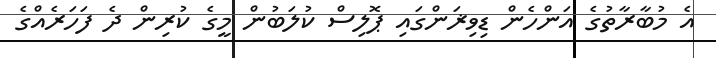
އެ މުބާރާތުގެ އަންހެން ޑިވިޜަންގައި ޕޮލިސް ކުލަބުން މީގެ ކުރިން ދެ ފަހަރެއްގެ